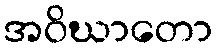
အဝိဃာတော